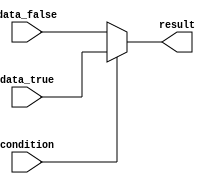
module if_else_with_ternary_operator (
    input wire condition,
    input wire data_true,
    input wire data_false,
    output reg result
);

always @(*) begin
    result = (condition) ? data_true : data_false;
end

endmodule